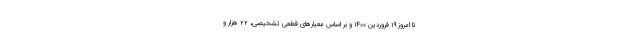
تا امروز ۱۹ فروردین ۱۴۰۰ و بر اساس معیارهای قطعی تشخیصی، ۲۲ هزار و